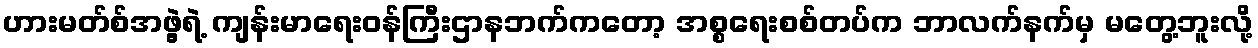
ဟားမတ်စ်အဖွဲ့ရဲ့ ကျန်းမာရေးဝန်ကြီးဌာနဘက်ကတော့ အစ္စရေးစစ်တပ်က ဘာလက်နက်မှ မတွေ့ဘူးလို့